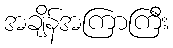
အချိန်အကြာကြီး